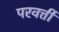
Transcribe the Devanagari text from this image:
परवर्त्ती